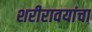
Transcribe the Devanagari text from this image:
शरीरावयांचा